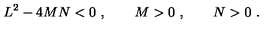
L ^ { 2 } - 4 M N < 0 \ , \qquad M > 0 \ , \qquad N > 0 \ .